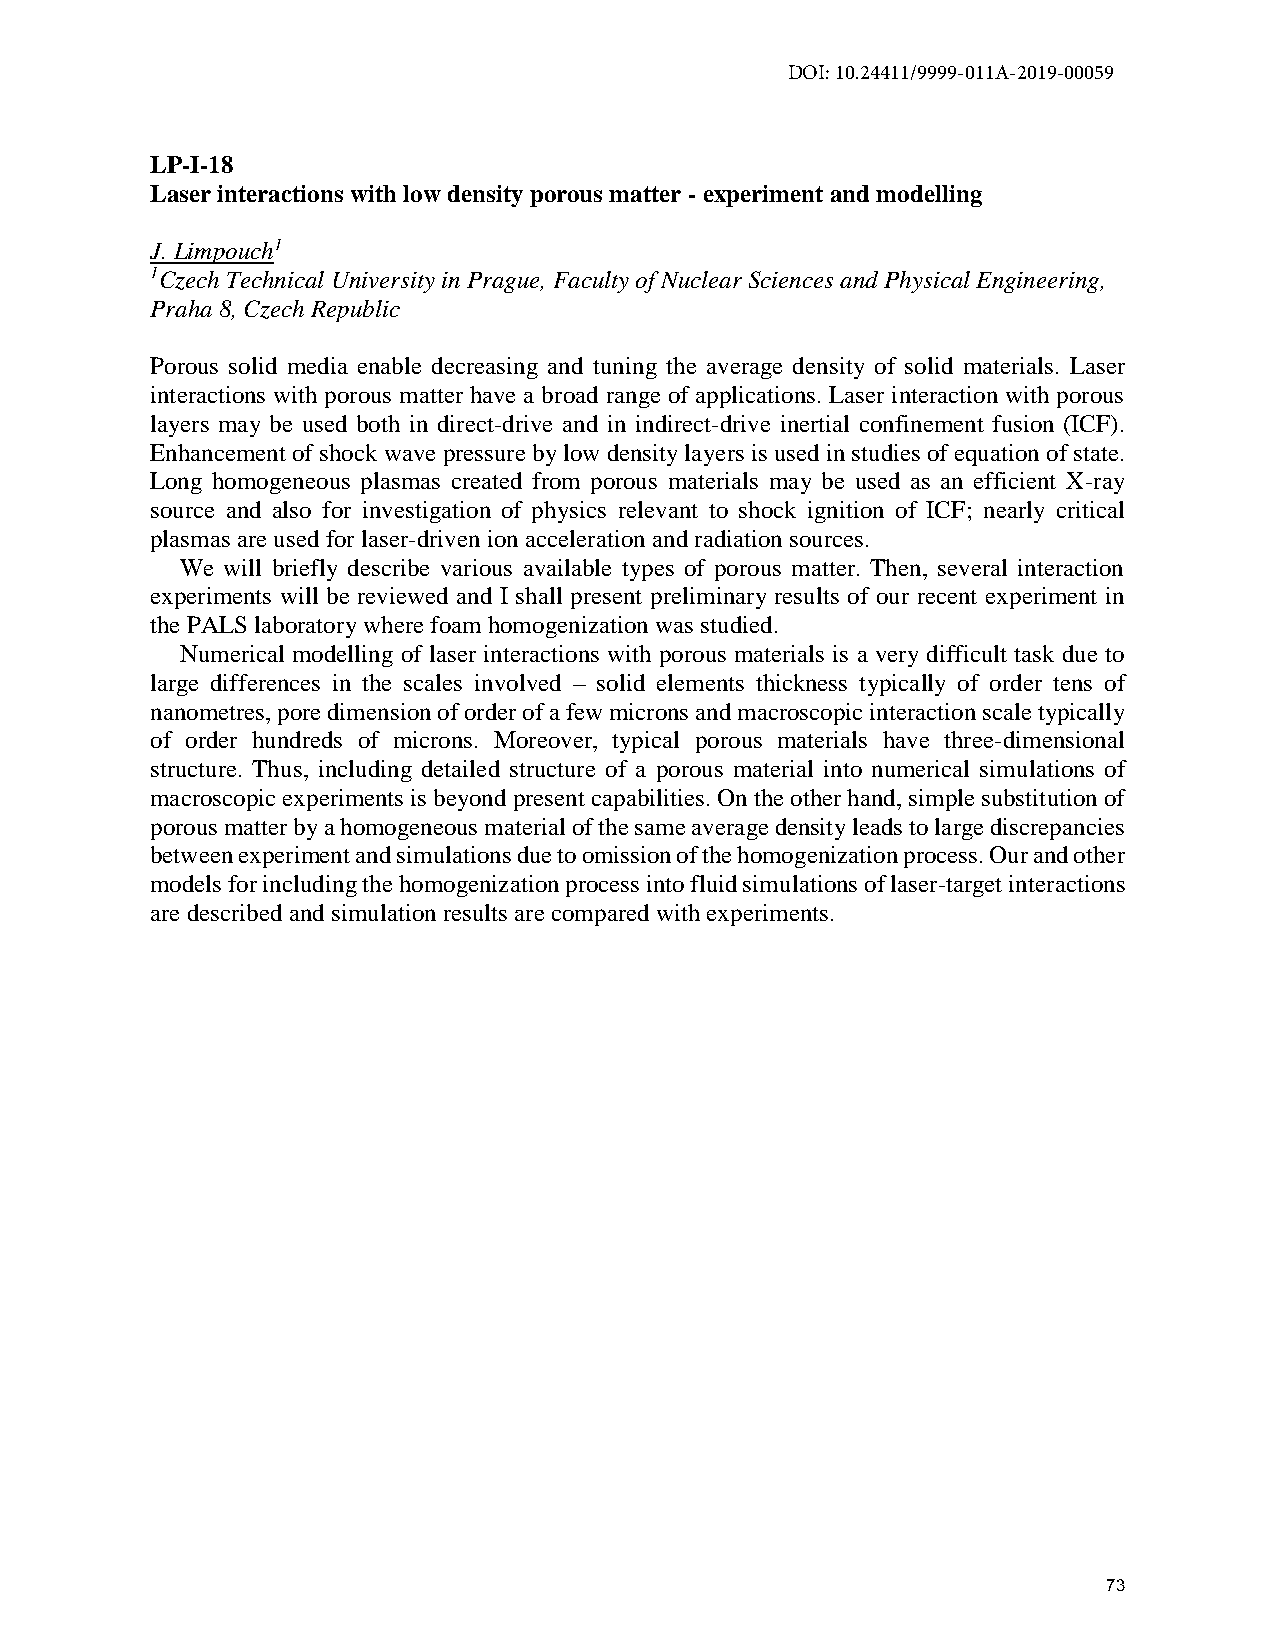
DOI: 10.24411/9999-011A-2019-00059
 LP-I-18
 Laser interactions with low density porous matter - experiment and modelling
 J. Limpouch1
 1Czech Technical University in Prague, Faculty of Nuclear Sciences and Physical Engineering,
 Praha 8, Czech Republic
 Porous solid media enable decreasing and tuning the average density of solid materials. Laser
 interactions with porous matter have a broad range of applications. Laser interaction with porous
 layers may be used both in direct-drive and in indirect-drive inertial confinement fusion (ICF).
 Enhancement of shock wave pressure by low density layers is used in studies of equation of state.
 Long homogeneous plasmas created from porous materials may be used as an efficient X-ray
 source and also for investigation of physics relevant to shock ignition of ICF; nearly critical
 plasmas are used for laser-driven ion acceleration and radiation sources.
 We will briefly describe various available types of porous matter. Then, several interaction
 experiments will be reviewed and I shall present preliminary results of our recent experiment in
 the PALS laboratory where foam homogenization was studied.
 Numerical modelling of laser interactions with porous materials is a very difficult task due to
 large differences in the scales involved – solid elements thickness typically of order tens of
 nanometres, pore dimension of order of a few microns and macroscopic interaction scale typically
 of order hundreds of microns. Moreover, typical porous materials have three-dimensional
 structure. Thus, including detailed structure of a porous material into numerical simulations of
 macroscopic experiments is beyond present capabilities. On the other hand, simple substitution of
 porous matter by a homogeneous material of the same average density leads to large discrepancies
 between experiment and simulations due to omission of the homogenization process. Our and other
 models for including the homogenization process into fluid simulations of laser-target interactions
 are described and simulation results are compared with experiments.
 73